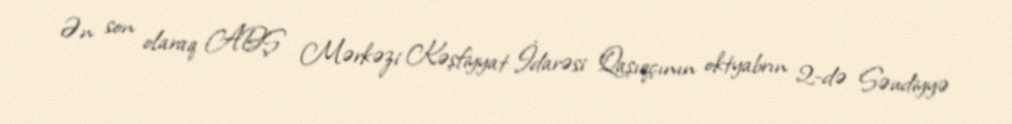
Ən son olaraq ABŞ Mərkəzi Kəşfiyyat İdarəsi Qaşıqçının oktyabrın 2-də Səudiyyə